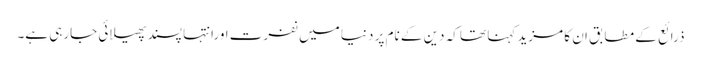
ذرائع کے مطابق ان کا مزید کہنا تھا کہ دین کے نام پر دنیا میں نفرت اورانتہا پسند پھیلائی جارہی ہے۔